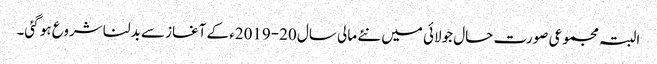
البتہ مجموعی صورت حال جولائی میں نئے مالی سال ‏2019-20ء‎ کے آغاز سے بدلنا شروع ہو گئی۔